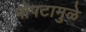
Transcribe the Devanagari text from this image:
पोपटामुळे